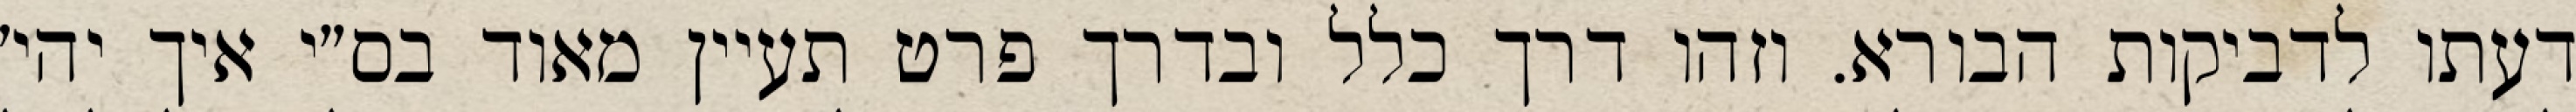
דעתו לדביקות הבורא. וזהו דרך כלל ובדרך פרט תעיין מאוד בס״י איך יהי׳